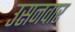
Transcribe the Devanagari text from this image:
उसनवार